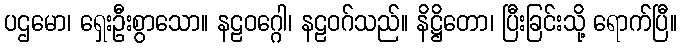
ပဌမော၊ ရှေးဦးစွာသော။ နဠဝဂ္ဂေါ၊ နဠဝဂ်သည်။ နိဋ္ဌိတော၊ ပြီးခြင်းသို့ ရောက်ပြီ။